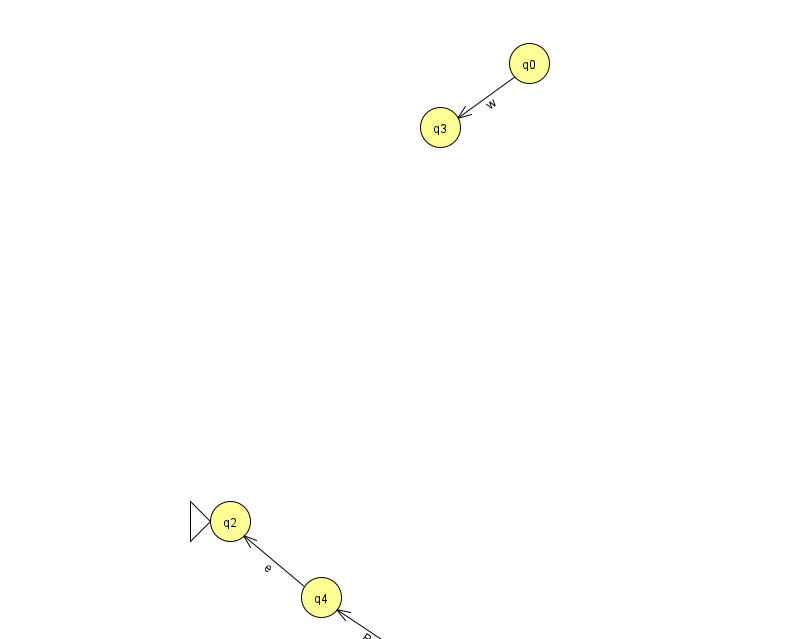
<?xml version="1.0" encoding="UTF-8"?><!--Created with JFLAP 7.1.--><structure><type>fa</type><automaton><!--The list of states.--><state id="0" name="q0"><x>529.0</x><y>50.0</y></state><state id="1" name="q1"><x>423.0</x><y>651.0</y><final/></state><state id="2" name="q2"><x>230.0</x><y>508.0</y><initial/></state><state id="3" name="q3"><x>440.0</x><y>114.0</y></state><state id="4" name="q4"><x>321.0</x><y>584.0</y></state><!--The list of transitions.--><transition><from>4</from><to>2</to><read>e</read></transition><transition><from>0</from><to>3</to><read>w</read></transition><transition><from>1</from><to>4</to><read>B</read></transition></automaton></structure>